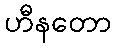
ဟီနတော